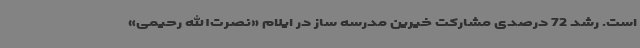
است. رشد 72 درصدی مشارکت خیرین مدرسه ساز در ایلام «نصرت‌الله رحیمی»